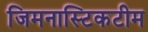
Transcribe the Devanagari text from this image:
जिमनास्टिकटीम